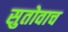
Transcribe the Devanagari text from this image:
सुतोवाच